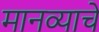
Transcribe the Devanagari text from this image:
मानव्याचें